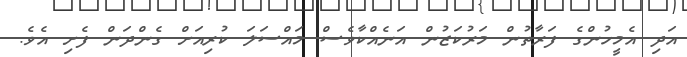
އަދި އެމީހުންގެ ފަރާތުން މަރުކަޒުން އަނެއްކާވެސް މައްސަލަ ކުރިއަށް ގެންދަން ފެށި އެވެ.